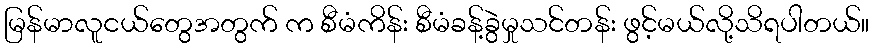
မြန်မာလူငယ်တွေအတွက် က စီမံကိန်း စီမံခန့်ခွဲမှုသင်တန်း ဖွင့်မယ်လို့သိရပါတယ်။